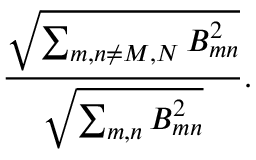
\frac { \sqrt { \sum _ { m , n \neq M , N } B _ { m n } ^ { 2 } } } { \sqrt { \sum _ { m , n } B _ { m n } ^ { 2 } } } .